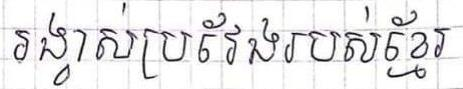
រង្វាស់ប្រវែងរបស់ខ្មែរ